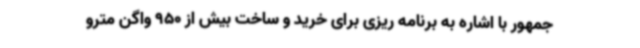
جمهور با اشاره به برنامه ریزی برای خرید و ساخت بیش از 950 واگن مترو